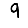
Digit: 9